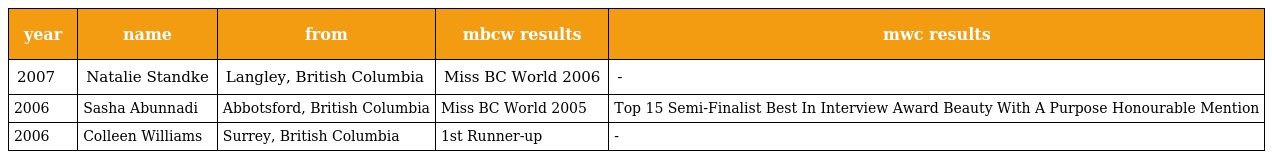
| year | name | from | mbcw results | mwc results |
 | --- | --- | --- | --- | --- |
 | 2007 | Natalie Standke | Langley, British Columbia | Miss BC World 2006 | - |
 | 2006 | Sasha Abunnadi | Abbotsford, British Columbia | Miss BC World 2005 | Top 15 Semi-Finalist Best In Interview Award Beauty With A Purpose Honourable Mention |
 | 2006 | Colleen Williams | Surrey, British Columbia | 1st Runner-up | - |